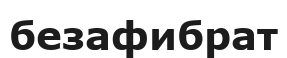
безафибрат